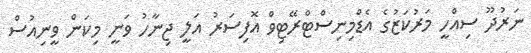
ނަރުދޫ ސިއްހީ މަރުކަޒުގެ އެޑްމިނިސްޓްރޭޓިވް އޮފިސަރު އަލީ ޖިނާހު ވަނީ މިކަން ވީނިއުސް